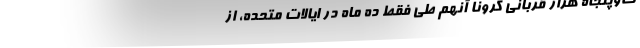
ت‌وپنجاه هزار قربانی کرونا آنهم طی فقط ده ماه در ایالات متحده، از